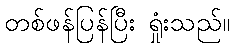
တစ်ဖန်ပြန်ပြီး ရှုံးသည်။